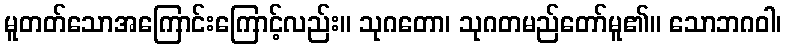
မူတတ်သောအကြောင်းကြောင့်လည်း။ သုဂတော၊ သုဂတမည်တော်မူ၏။ သောဘဂဝါ၊